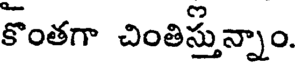
కొంతగా చింతిస్తున్నాం.